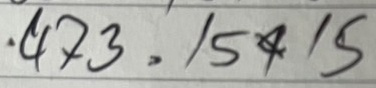
473 = 15x15